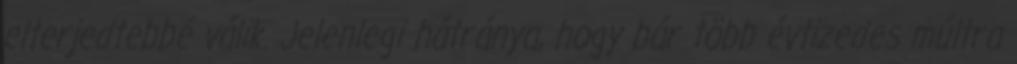
elterjedtebbé válik. Jelenlegi hátránya, hogy bár több évtizedes múltra